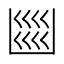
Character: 𭂼